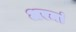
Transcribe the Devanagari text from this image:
अरमां